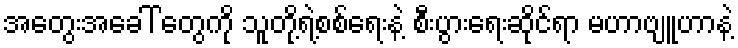
အတွေးအခေါ် တွေကို သူတို့ရဲ့စစ်ရေးနဲ့ စီးပွားရေးဆိုင်ရာ မဟာဗျူဟာနဲ့